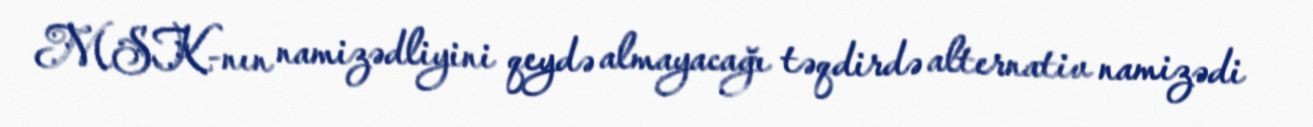
MSK-nın namizədliyini qeydə almayacağı təqdirdə alternativ namizədi